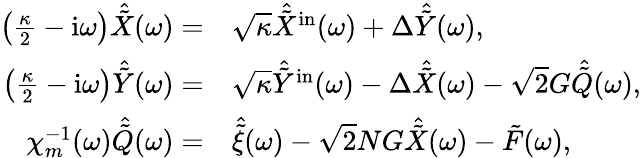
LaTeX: \begin{array}{rl}{\left(\frac{\kappa}{2}-\mathrm{i}\omega\right)\hat{\tilde{X}}(\omega)=}&{\sqrt{\kappa}\hat{\tilde{X}}^{\mathrm{in}}(\omega)+\Delta\hat{\tilde{Y}}(\omega),}\\ {\left(\frac{\kappa}{2}-\mathrm{i}\omega\right)\hat{\tilde{Y}}(\omega)=}&{\sqrt{\kappa}\hat{\tilde{Y}}^{\mathrm{in}}(\omega)-\Delta\hat{\tilde{X}}(\omega)-\sqrt{2}G\hat{\tilde{Q}}(\omega),}\\ {\chi_{m}^{-1}(\omega)\hat{\tilde{Q}}(\omega)=}&{\hat{\tilde{\xi}}(\omega)-\sqrt{2}NG\hat{\tilde{X}}(\omega)-\tilde{F}(\omega),}\end{array}